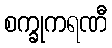
စက္ခုကရဏီ